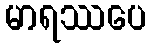
မာရဿပေ